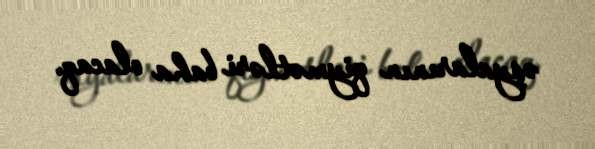
əşyalarının qiymətləri baha olacaq.